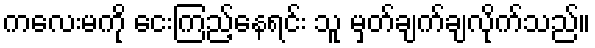
ကလေးမကို ငေးကြည့်နေရင်း သူ မှတ်ချက်ချလိုက်သည်။